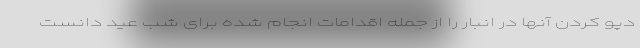
دپو کردن آنها در انبار را از جمله اقدامات انجام شده برای شب عید دانست